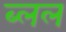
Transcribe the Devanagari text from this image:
ब्लल